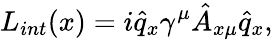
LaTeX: L_{int}(x)=i\hat{q}_{x}\gamma^{\mu}\hat{A}_{x\mu}\hat{q}_{x},